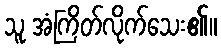
သူ အံကြိတ်လိုက်သေး၏။